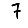
Digit: 7